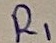
Text: R1